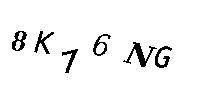
8K76NG